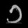
Digit: ၁